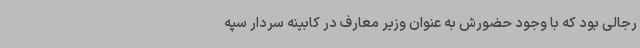
رجالی بود که با وجود حضورش به‌ عنوان وزیر معارف در کابینه سردار سپه